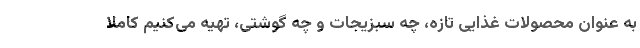
به عنوان محصولات غذایی تازه، چه سبزیجات و چه گوشتی، تهیه می‌کنیم کاملا